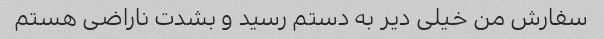
سفارش من خیلی دیر به دستم رسید و بشدت ناراضی هستم